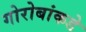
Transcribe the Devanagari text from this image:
गोरोबांकडे